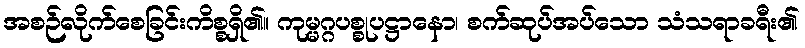
အစဉ်လိုက်စေခြင်းကိစ္စရှိ၏။ ကုမ္မဂ္ဂပစ္စုပဋ္ဌာနော၊ စက်ဆုပ်အပ်သော သံသရာခရီး၏